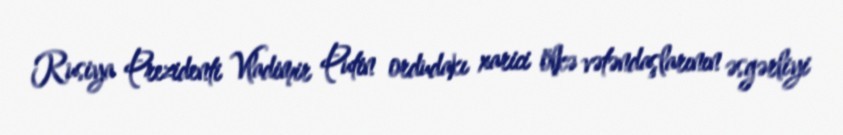
Rusiya Prezidenti Vladimir Putin ordudakı xarici ölkə vətəndaşlarının əsgərliyi